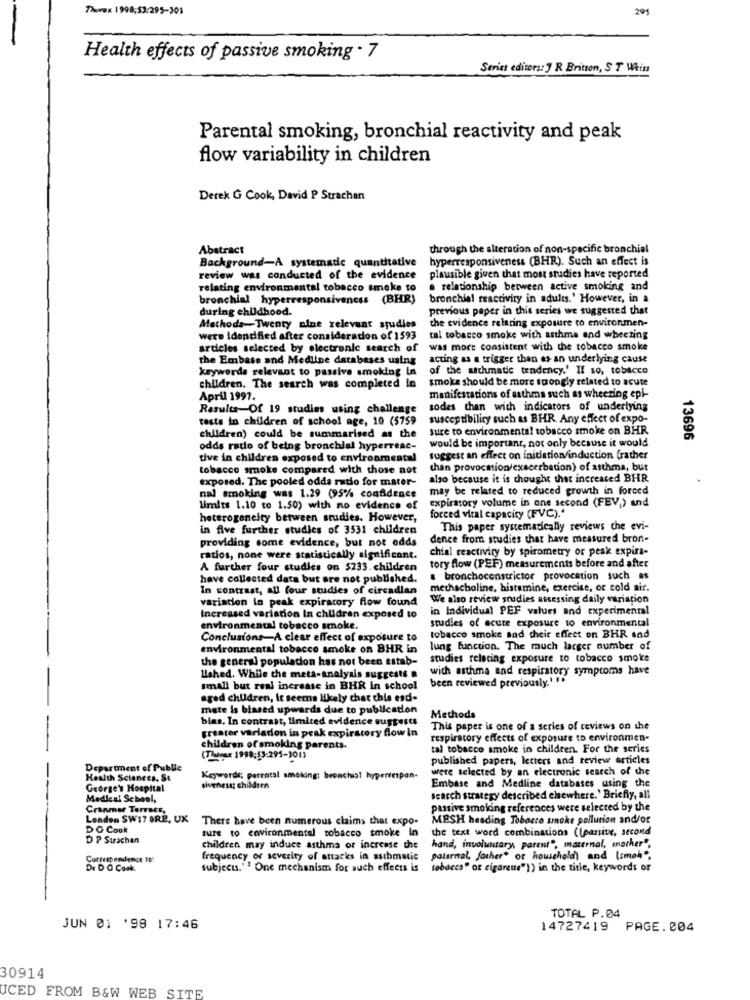
Thorax 1998:53:295-301
201
Health effects of passive smoking . 7
Series editors: 7 R Britton, S T Weiss
Parental smoking, bronchial reactivity and peak
flow variability in children
Derek G Cook, David P Strachan
Abstract
through the alteration of non-specific bronchial
Background-A systematic quantitative
hyperresponsiveness (BHR). Such an effect is
review was conducted of the evidence
plausible given that most studies have reported
relating environmental tobacco smoke to
a relationship between active smoking and
bronchial hyperresponsiveness (BHR)
bronchiel reactivity in adults.' However, in a
during childhood.
previous paper in this series we suggested that
Methods-Twenty nine relevant studies
the evidence relating exposure to environmen-
were identified after consideration of 1593
tal tobacco smoke with asthma and wheezing
ardeles selected by electronic search of
was more consistent with the tobacco smoke
the Embase and Medline databases using
acting as a trigger than es an underlying cause
keywords relevant to passive smoking in
of the asthmatic tendency.' If so, tobacco
smoke should be more strongly related to acute
children. The search was completed in
April 1997.
manifestations of asthma such as wheezing epi-
Results Of 19 studies using challenge
sodas than with indicators of underlying
tests in children of school age, 10 (5759
susceptibility such as BHR. Any effect of expo-
Sure to environmental tobacco smoke on BHR
children) could be summarised as the
would be important, not only because it would
13696
odds ratio of being bronchial hyperreac-
tive in children exposed to environmental
suggest an effect on initiation/induction (rather
tobacco smoke compared with those not
chan provocation/exacerbation) of asthma, bur
exposed. The pooled odds ratio for mater-
also because it is thought that increased BHR
may be related to reduced growth in forced
nal smoking was 1.29 (95% confidence
Umits 1.10 to 1.50) with no evidence of
expiratory volume in one second (FEV,) and
heterogeneity between studies. However,
forced vital capacity (FVC)."
in five further studies of 3531 children
This paper systematically reviews che evi-
dence from studies that have measured bron-
providing some evidence, but not odds
chial reactivity by spirometry or peak expira-
ratios, none were statistically significant.
A further four studies on 5233. children
tory flow (PEF) measurements before and after
have collected data but are not published.
bronchoconstrictor provocation such as
In contrast, all four studies of circadian
methacholine, histamine, exercise, or cold air.
variation in peak expiracory flow found
We also review studies assessing daily variation
in Individual PEF values and experimental
Increased variation In children exposed to
studies of acute exposure to environmental
environmental tobacco smoke.
Conclusions-A clear effect of exposure to
tobacco smoke sad their effect on BHR and
environmental tobacco smoke on BHR in
lung function. The much larger number of
the general population has not been estab-
studies relating exposure to tobacco smoke
wich asthma and respiratory symptoms have
Ished. While the meta-analysis suggests &
been reviewed previously. 16
small but real increase in BHR in school
aged children, it seems likely chat this esd-
mete is biased upwards due to publication
blas. In contrast, limited evidence suggests
Methods
This paper is one of a series of reviews on the
greater varlation in peak expirstory flow in
respiratory effects of exposure to environmen-
children of smoking parents.
tal tobacco smoke in children. For the series
(Thorax 1998:53:295-301)
published papers, letters and review articles
Department of Public
were selected by an electronic search of the
Health Sciences, St
Keywords; parental smoking: bronchis! hyperempan-
George's Hospital
siveness; children
Embase and Medline databases using the
Medical School,
search strategy described chewhere. ' Briefly, all
Cranmer Terrace,
passive smoking references were selected by the
London SW17 ORE, UX
There have been numerous claims that expo-
MESH heading Tobacco smoke pollution and/or
DO Cook
ture to environmental tobacco smoke In
the text word combinations ((pansite, second
D P Surachan
children may induce asthma or increase the
hand, involuntary, parent", maternal, another",
Correspondence 19!
frequency or severity of attacks in asthmatic
paternal, Josher or household) and (smoke",
Dr D C Cook.
subject." " One mechanism for such effects is
tobacco" or cigareue")) in the title, keywords or
TOTAL P.04
JUN 01 '98 17:46
14727419 PAGE.004
30914
JCED FROM B&W WEB SITE